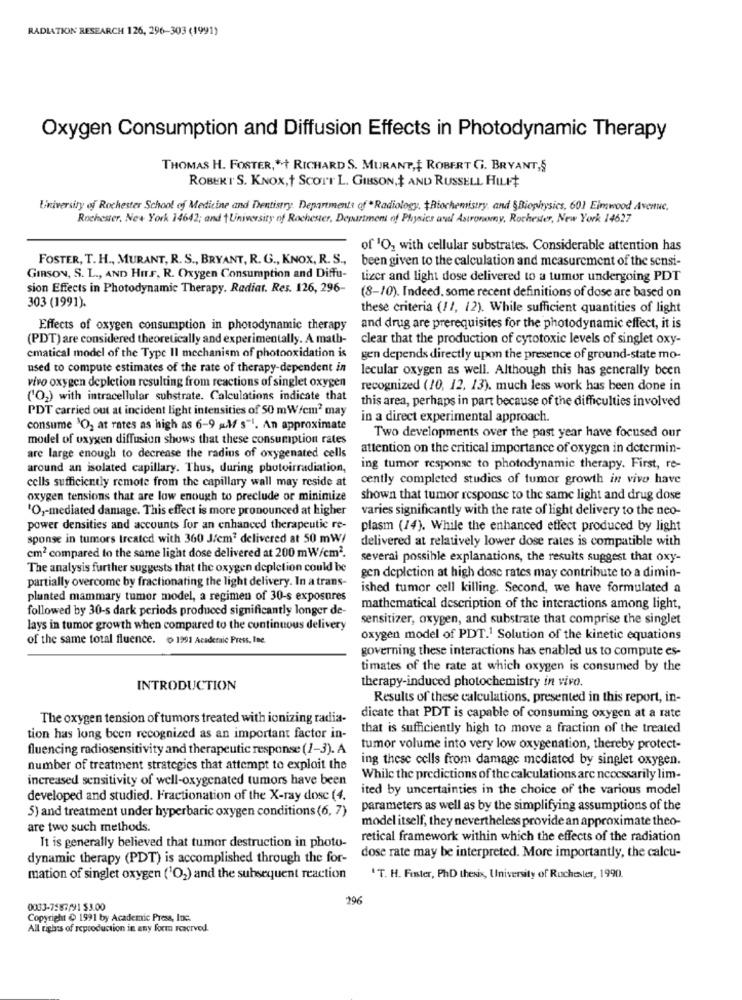
RADIATION RESEARCH 126, 296-303 (1991)
Oxygen Consumption and Diffusion Effects in Photodynamic Therapy
THOMAS H. FOSTER,"+ RICHARD S. MURANT, ROBERT G. BRYANT,S
ROBERT S. KNOX, + SCOTT L. GIBSON, AND RUSSELL HILF
University of Rochester School of Medicine and Dentistry Departments of Radiology. Biochemistry, and Biophysics, 60] Elmwood Avenue,
Rochester, New York 14642; and University of Rochester, Department of Physics and Astronomy, Rochester, New York 14627
of 1O2 with cellular substrates. Considerable attention has
FOSTER, T. H ., MURANT, R. S ., BRYANT, R. G ., KNOX, R. S .,
been given to the calculation and measurement of the sensi-
GIBSON, S. L ., AND HILF, R. Oxygen Consumption and Diffu-
tizer and light dose delivered to a tumor undergoing PDT
sion Effects in Photodynamic Therapy. Radiat. Res. 126, 296-
(8-10). Indeed, some recent definitions of dose are based on
303 (1991).
these criteria (11, 12). While sufficient quantities of light
Effects of oxygen consumption in photodynamic therapy
and drug are prerequisites for the photodynamic effect, it is
(PDT) are considered theoretically and experimentally. A math-
clear that the production of cytotoxic levels of singlet oxy-
ematical model of the Type Il mechanism of photooxidation is
gen depends directly upon the presence of ground-state mo-
used to compute estimates of the rate of therapy-dependent in
lecular oxygen as well. Although this has generally been
vivo oxygen depletion resulting from reactions of singlet oxygen
recognized (10, 12, 13). much less work has been done in
('02) with intracellular substrate. Calculations indicate that
this area, perhaps in part because of the difficulties involved
PDT carried out at incident light intensities of 50 mW/cm2 may
in a direct experimental approach.
consume "O2 at rates as high as 6-9 a.M/ s"1. An approximate
model of oxygen diffusion shows that these consumption rates
Two developments over the past year have focused our
attention on the critical importance of oxygen in determin-
are large enough to decrease the radins of oxygenated cells
around an isolated capillary. Thus, during photoirradiation,
ing tumor response to photodynamic therapy. First, re-
cells sufficiently remote from the capillary wall may reside at
cently completed studies of tumor growth in vivo have
oxygen tensions that are low enough to preclude or minimize
shown that tumor response to the same light and drug dose
"O ,- mediated damage. This effect is more pronounced at higher
varies significantly with the rate of light delivery to the neo-
power densities and accounts for an enhanced therapeutic re-
plasm (14). While the enhanced effect produced by light
sponse in tumors treated with 360 Jem delivered at 50 mW/
delivered at relatively lower dose rates is compatible with
cm2 compared to the same light dose delivered at 200 mW/cm2.
several possible explanations, the results suggest that oxy-
The analysis further suggests that the oxygen depletion could be
partially overcome by fractionating the light delivery. In a trans-
gen depletion at high dose rates may contribute to a dimin-
ished tumor cell killing. Second, we have formulated a
planted mammary tumor model, a regimen of 30-s exposures
followed by 30-s dark periods produced significantly longer de-
mathematical description of the interactions among light,
sensitizer, oxygen, and substrate that comprise the singlet
lays in tumor growth when compared to the continuous delivery
of the same total fluence. ( 1991 Academic Press, Ine.
oxygen model of PDT.1 Solution of the kinetic equations
governing these interactions has enabled us to compute es-
timates of the rate at which oxygen is consumed by the
therapy-induced photochemistry in vivo.
INTRODUCTION
Results of these calculations, presented in this report, in-
The oxygen tension of tumors treated with ionizing radia-
dicate that PDT is capable of consuming oxygen at a rate
that is sufficiently high to move a fraction of the treated
tion has long been recognized as an important factor in-
fluencing radiosensitivity and therapeutic response (1-3). A
tumor volume into very low oxygenation, thereby protect-
ing these cells from damage mediated by singlet oxygen.
number of treatment strategies that attempt to exploit the
increased sensitivity of well-oxygenated tumors have been
While the predictions of the calculations arc ncocssarily lim-
ited by uncertainties in the choice of the various model
developed and studied. Fractionation of the X-ray dose (4.
5) and treatment under hyperbaric oxygen conditions (6, 7)
parameters as well as by the simplifying assumptions of the
model itself, they nevertheless provide an approximate theo-
are two such methods.
It is generally believed that tumor destruction in photo-
retical framework within which the effects of the radiation
dynamic therapy (PDT) is accomplished through the for-
dose rate may be interpreted. More importantly, the calcu-
mation of singlet oxygen (102) and the subsequent reaction
'T. H. Fuster, PhD thesix, University of Rochester, 1990.
296
0063-7587/91 53.00
Copyright & 1991 by Academic Press, Inc.
All rights of reproduction in any form reserved.